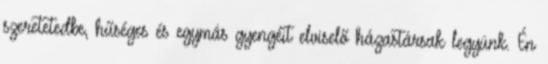
szeretetedbe, hűséges és egymás gyengéit elviselő házastársak legyünk. Én